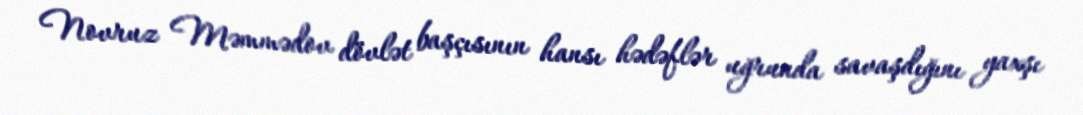
Novruz Məmmədov dövlət başçısının hansı hədəflər uğrunda savaşdığını yaxşı